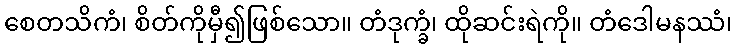
စေတသိကံ၊ စိတ်ကိုမှီ၍ဖြစ်သော။ တံဒုက္ခံ၊ ထိုဆင်းရဲကို။ တံဒေါမနဿံ၊